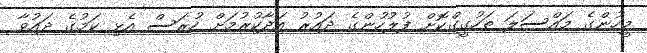
މީހުންގެ މައްސަލަ ތަހުގީގްކޮށް ފުލުހުންގެ ދައުރު އަދާކުރުމަށް ހުރަސް އެޅި ކަމުގެ ދައުވާ